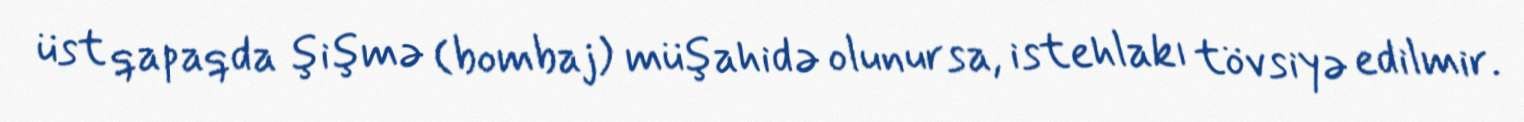
üst qapaqda şişmə (bombaj) müşahidə olunursa, istehlakı tövsiyə edilmir.